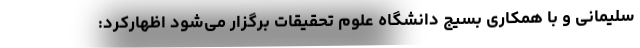
سلیمانی و با همکاری بسیج دانشگاه علوم تحقیقات برگزار می‌شود اظهارکرد: